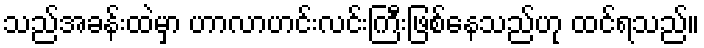
သည်အခန်းထဲမှာ ဟာလာဟင်းလင်းကြီးဖြစ်နေသည်ဟု ထင်ရသည်။